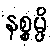
နစ္စမ္ပိ